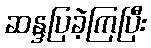
ဆန္ဒပြခဲ့ကြပြီး